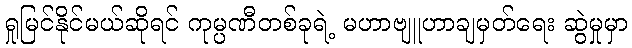
ရှုမြင်နိုင်မယ်ဆိုရင် ကုမ္ပဏီတစ်ခုရဲ့ မဟာဗျူဟာချမှတ်ရေး ဆွဲမှုမှာ